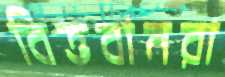
বিত্তবানরা